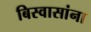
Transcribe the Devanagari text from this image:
बिस्वासांना